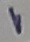
Text: 1